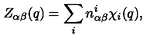
Z _ { \alpha \beta } ( q ) = \sum _ { i } n _ { \alpha \beta } ^ { i } \chi _ { i } ( q ) ,